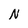
Character: N